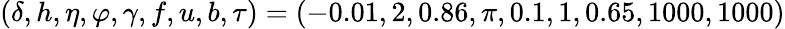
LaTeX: (\delta,h,\eta,\varphi,\gamma,f,u,b,\tau)=(-0.01,2,0.86,\pi,0.1,1,0.65,1000,1000)